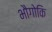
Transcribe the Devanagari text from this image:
भौगोकि